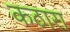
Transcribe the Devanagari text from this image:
कठारा